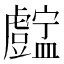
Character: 𥃓